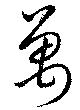
萬